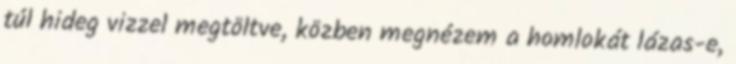
túl hideg vizzel megtöltve, közben megnézem a homlokát lázas-e,